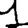
Digit: 1